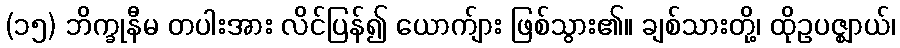
(၁၅) ဘိက္ခုနီမ တပါးအား လိင်ပြန်၍ ယောက်ျား ဖြစ်သွား၏။ ချစ်သားတို့၊ ထိုဥပဇ္ဈာယ်၊